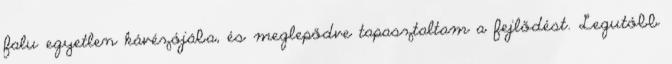
falu egyetlen kávézójába, és meglepődve tapasztaltam a fejlődést. Legutóbb